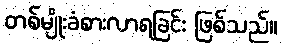
တစ်မျိုးခံစားလာရခြင်း ဖြစ်သည်။